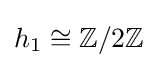
h_{1}\cong \mathbb {Z} /2\mathbb {Z}